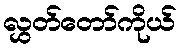
လွှတ်တော်ကိုယ်